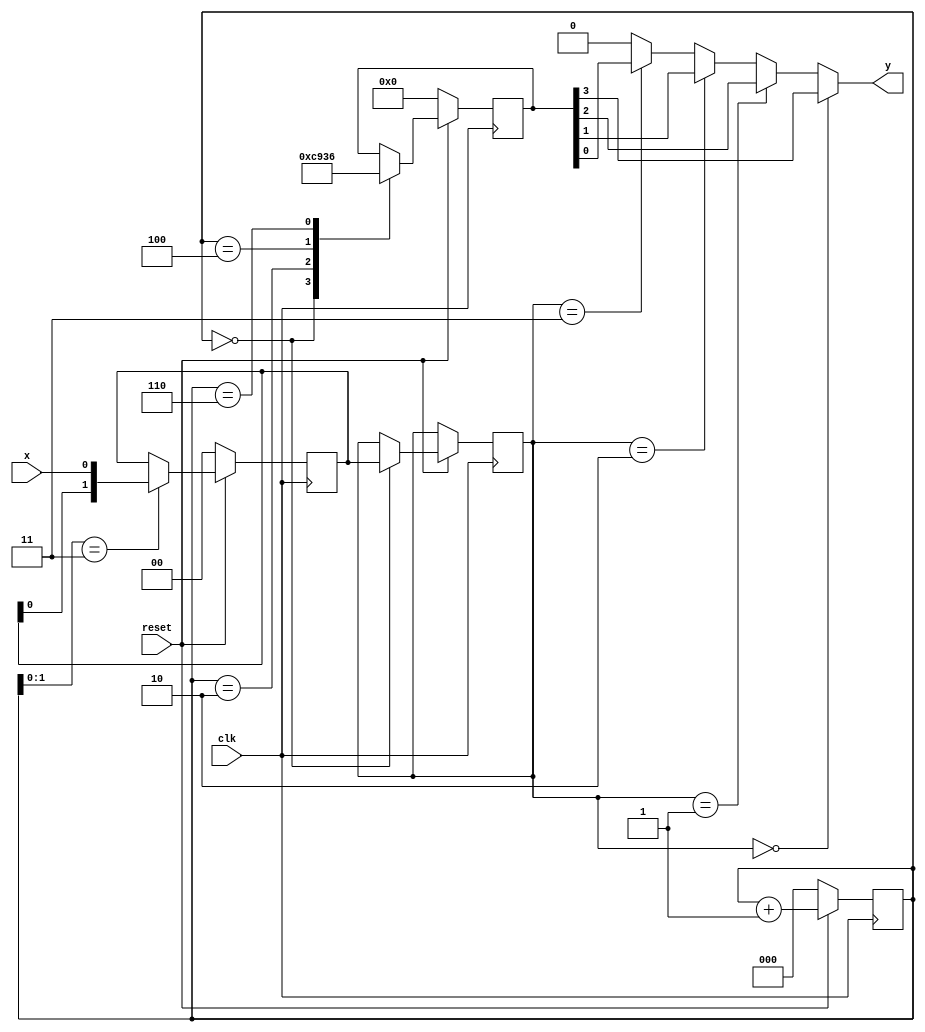
`timescale 1ns / 1ps
//////////////////////////////////////////////////////////////////////////////////
// Company: 
// Engineer: 
// 
// Design Name: 
// Module Name:    QPSK 
// Project Name: 
// Target Devices: 
// Tool versions: 
// Description: 
//
// Dependencies: 
//
// Revision: 
// Revision 0.01 - File Created
// Additional Comments: 
//
//////////////////////////////////////////////////////////////////////////////////
module QPSK(clk, reset, x, y);
input clk;       //
input reset;     //
input x;         //
output y;        //QPSK

reg [2:0] cnt;  // 
reg [1:0] x_x;  //
reg [3:0] carriers;  //4
reg [1:0] y_y;

// 
always @(posedge clk) begin
  if(!reset)
     cnt <= 3'b000;
  else
     cnt <= cnt +1;
end

//
always @(posedge clk) begin
  if(!reset)
     x_x <= 2'b00;
  else
      if(cnt[1:0]==2'b11)
         x_x <= {x_x[0], x};
		else
		   x_x <= x_x;
end


// 
always @(posedge clk) begin
  if(!reset)
     carriers <= 4'b000;
  else begin
     case(cnt) 
			3'b000: begin
			      y_y <= x_x;
					carriers <= 4'b1100;	       				
			end
			3'b010: carriers <= 4'b1001;							
			3'b100: carriers <= 4'b0011;	
			3'b110: carriers <= 4'b0110;
			default: carriers <= carriers;
	  endcase
  end
     
end

assign y = (y_y == 2'b00) ? carriers[3] :
           (y_y == 2'b01) ? carriers[2] :
			  (y_y == 2'b10) ? carriers[1] :
			  (y_y == 2'b11) ? carriers[0] : 0;

endmodule